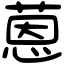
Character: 蒽